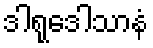
ဒါရုဒေါသာနံ